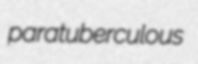
paratuberculous